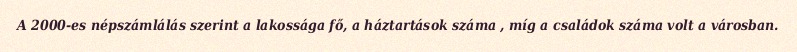
A 2000-es népszámlálás szerint a lakossága fő, a háztartások száma , míg a családok száma volt a városban.